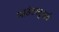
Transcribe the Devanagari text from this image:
माउंटस्टुअर्ट